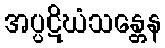
အပ္ပဋိဃံသန္တေန